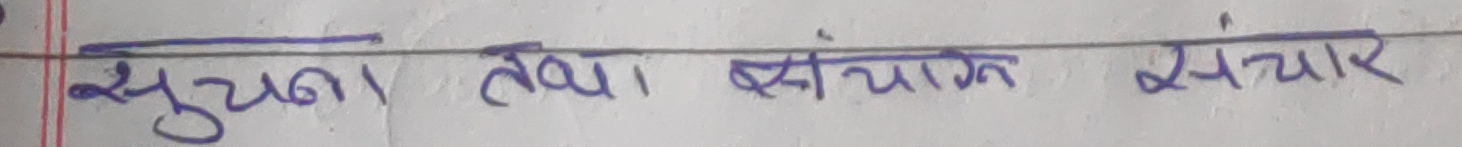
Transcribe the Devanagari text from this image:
सूचना तथा संचार